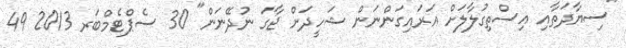
"ސިޔާދަތާއި އިސްތިގުލާލަށް އަރައިގަންނަން ޝަހީދަށް ޖާގަ ނުދޭނަން" 30 ސެޕްޓެމްބަރ 2013 49